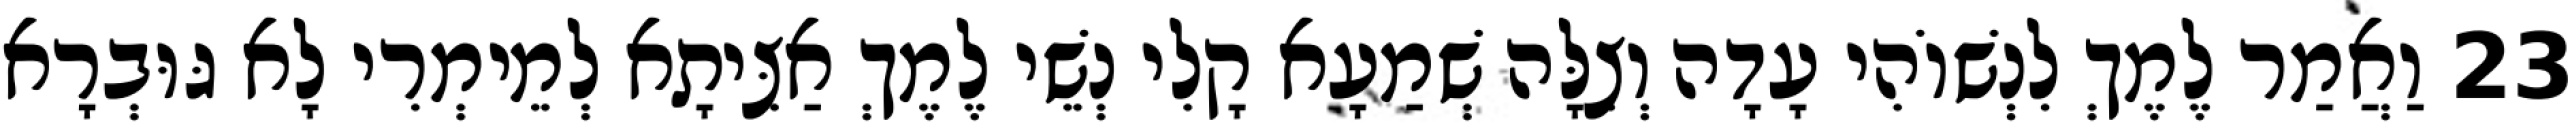
23 וַאֲמַר לֶמֶךְ לִנְשׁוֹהִי עָדָה וְצִלָּה שְׁמַעָא קָלִי נְשֵׁי לֶמֶךְ אַצִּיתָא לְמֵימְרִי לָא גּוּבְרָא